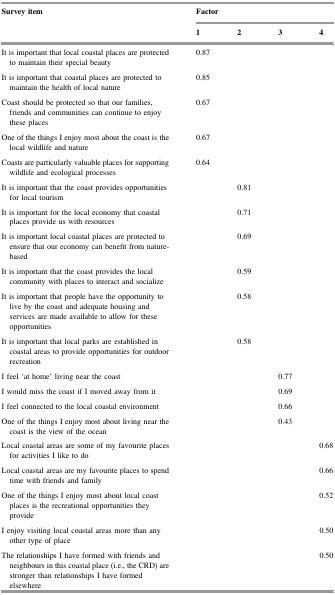
<table><thead><tr><td rowspan="2"><b>Survey item</b></td><td colspan="4"><b>Factor</b></td></tr><tr><td><b>1</b></td><td><b>2</b></td><td><b>3</b></td><td><b>4</b></td></tr></thead><tbody><tr><td>It is important that local coastal places are protected to maintain their special beauty</td><td>0.87</td><td></td><td></td><td></td></tr><tr><td>It is important that coastal places are protected to maintain the health of local nature</td><td>0.85</td><td></td><td></td><td></td></tr><tr><td>Coast should be protected so that our families, friends and communities can continue to enjoy these places</td><td>0.67</td><td></td><td></td><td></td></tr><tr><td>One of the things I enjoy most about the coast is the local wildlife and nature</td><td>0.67</td><td></td><td></td><td></td></tr><tr><td>Coasts are particularly valuable places for supporting wildlife and ecological processes</td><td>0.64</td><td></td><td></td><td></td></tr><tr><td>It is important that the coast provides opportunities for local tourism</td><td></td><td>0.81</td><td></td><td></td></tr><tr><td>It is important for the local economy that coastal places provide us with resources</td><td></td><td>0.71</td><td></td><td></td></tr><tr><td>It is important local coastal places are protected to ensure that our economy can benefit from nature-based</td><td></td><td>0.69</td><td></td><td></td></tr><tr><td>It is important that the coast provides the local community with places to interact and socialize</td><td></td><td>0.59</td><td></td><td></td></tr><tr><td>It is important that people have the opportunity to live by the coast and adequate housing and services are made available to allow for these opportunities</td><td></td><td>0.58</td><td></td><td></td></tr><tr><td>It is important that local parks are established in coastal areas to provide opportunities for outdoor recreation</td><td></td><td>0.58</td><td></td><td></td></tr><tr><td>I feel ‘at home’ living near the coast</td><td></td><td></td><td>0.77</td><td></td></tr><tr><td>I would miss the coast if I moved away from it</td><td></td><td></td><td>0.69</td><td></td></tr><tr><td>I feel connected to the local coastal environment</td><td></td><td></td><td>0.66</td><td></td></tr><tr><td>One of the things I enjoy most about living near the coast is the view of the ocean</td><td></td><td></td><td>0.43</td><td></td></tr><tr><td>Local coastal areas are some of my favourite places for activities I like to do</td><td></td><td></td><td></td><td>0.68</td></tr><tr><td>Local coastal areas are my favourite places to spend time with friends and family</td><td></td><td></td><td></td><td>0.66</td></tr><tr><td>One of the things I enjoy most about local coast places is the recreational opportunities they provide</td><td></td><td></td><td></td><td>0.52</td></tr><tr><td>I enjoy visiting local coastal areas more than any other type of place</td><td></td><td></td><td></td><td>0.50</td></tr><tr><td>The relationships I have formed with friends and neighbours in this coastal place (i.e., the CRD) are stronger than relationships I have formed elsewhere</td><td></td><td></td><td></td><td>0.50</td></tr></tbody></table>